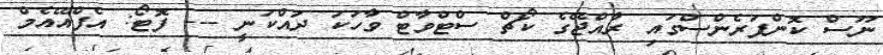
ނޫސް ކޮންފަރެންސްގައި ރާއްޖޭގެ ކޯޗް ސްޓްވާޓް ވާހަކަ ދައްކަނީ --- ފޮޓޯ: އެފްއޭއެމް